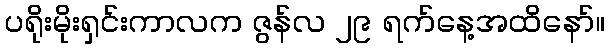
ပရိုးမိုးရှင်းကာလက ဇွန်လ ၂၉ ရက်နေ့အထိနော်။